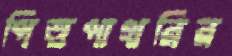
পিত্তপাথরির